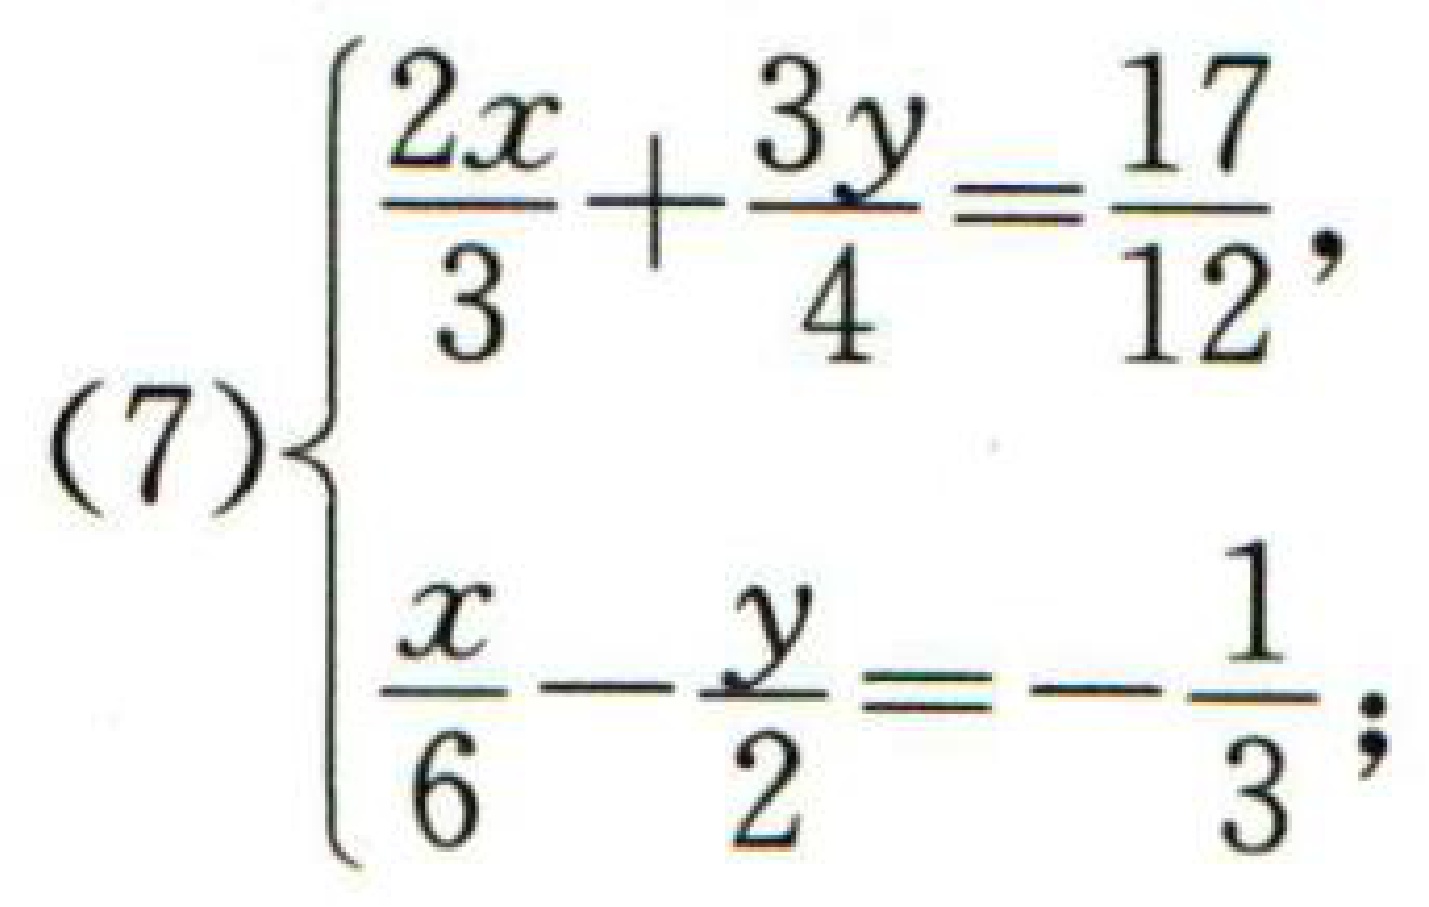
\[

(7)\begin{cases}

\frac{2x}{3}+\frac{3y}{4}=\frac{17}{12},\\

\frac{x}{6}-\frac{y}{2}=-\frac{1}{3};

\end{cases}

\]